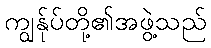
ကျွန်ုပ်တို့၏အဖွဲ့သည်